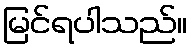
မြင်ရပါသည်။